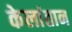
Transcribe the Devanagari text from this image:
केलांतान